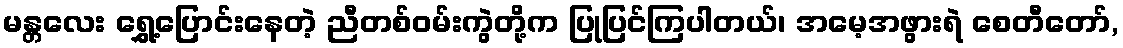
မန္တလေး ရွှေ့ပြောင်းနေတဲ့ ညီတစ်ဝမ်းကွဲတို့က ပြုပြင်ကြပါတယ်၊ အမေ့အဖွားရဲ စေတီတော်,